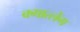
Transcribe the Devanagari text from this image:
क्गात्लेंग